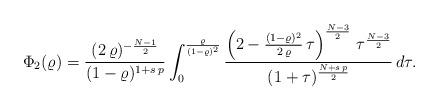
LaTeX: \begin{align*}\Phi_2(\varrho)=\frac{(2\,\varrho)^{-\frac{N-1}{2}}}{(1-\varrho)^{1+s\,p}}\int_{0}^{\frac{\varrho}{(1-\varrho)^2}} \frac{\left(2-\frac{(1-\varrho)^2}{2\,\varrho}\,\tau\right)^\frac{N-3}{2}\,\tau^\frac{N-3}{2}}{(1+\tau)^\frac{N+s\,p}{2}}\, d\tau.\end{align*}